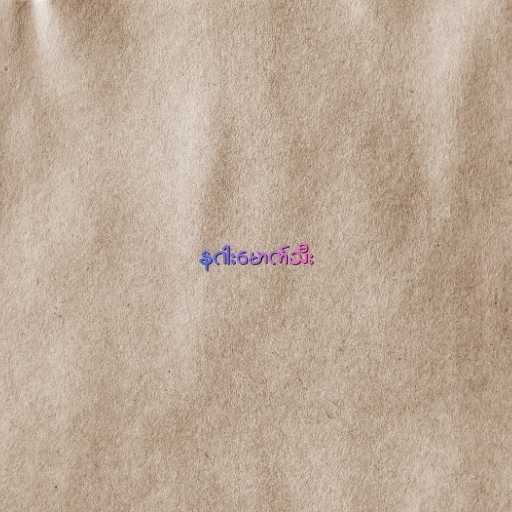
နဂါးမောက်သီး